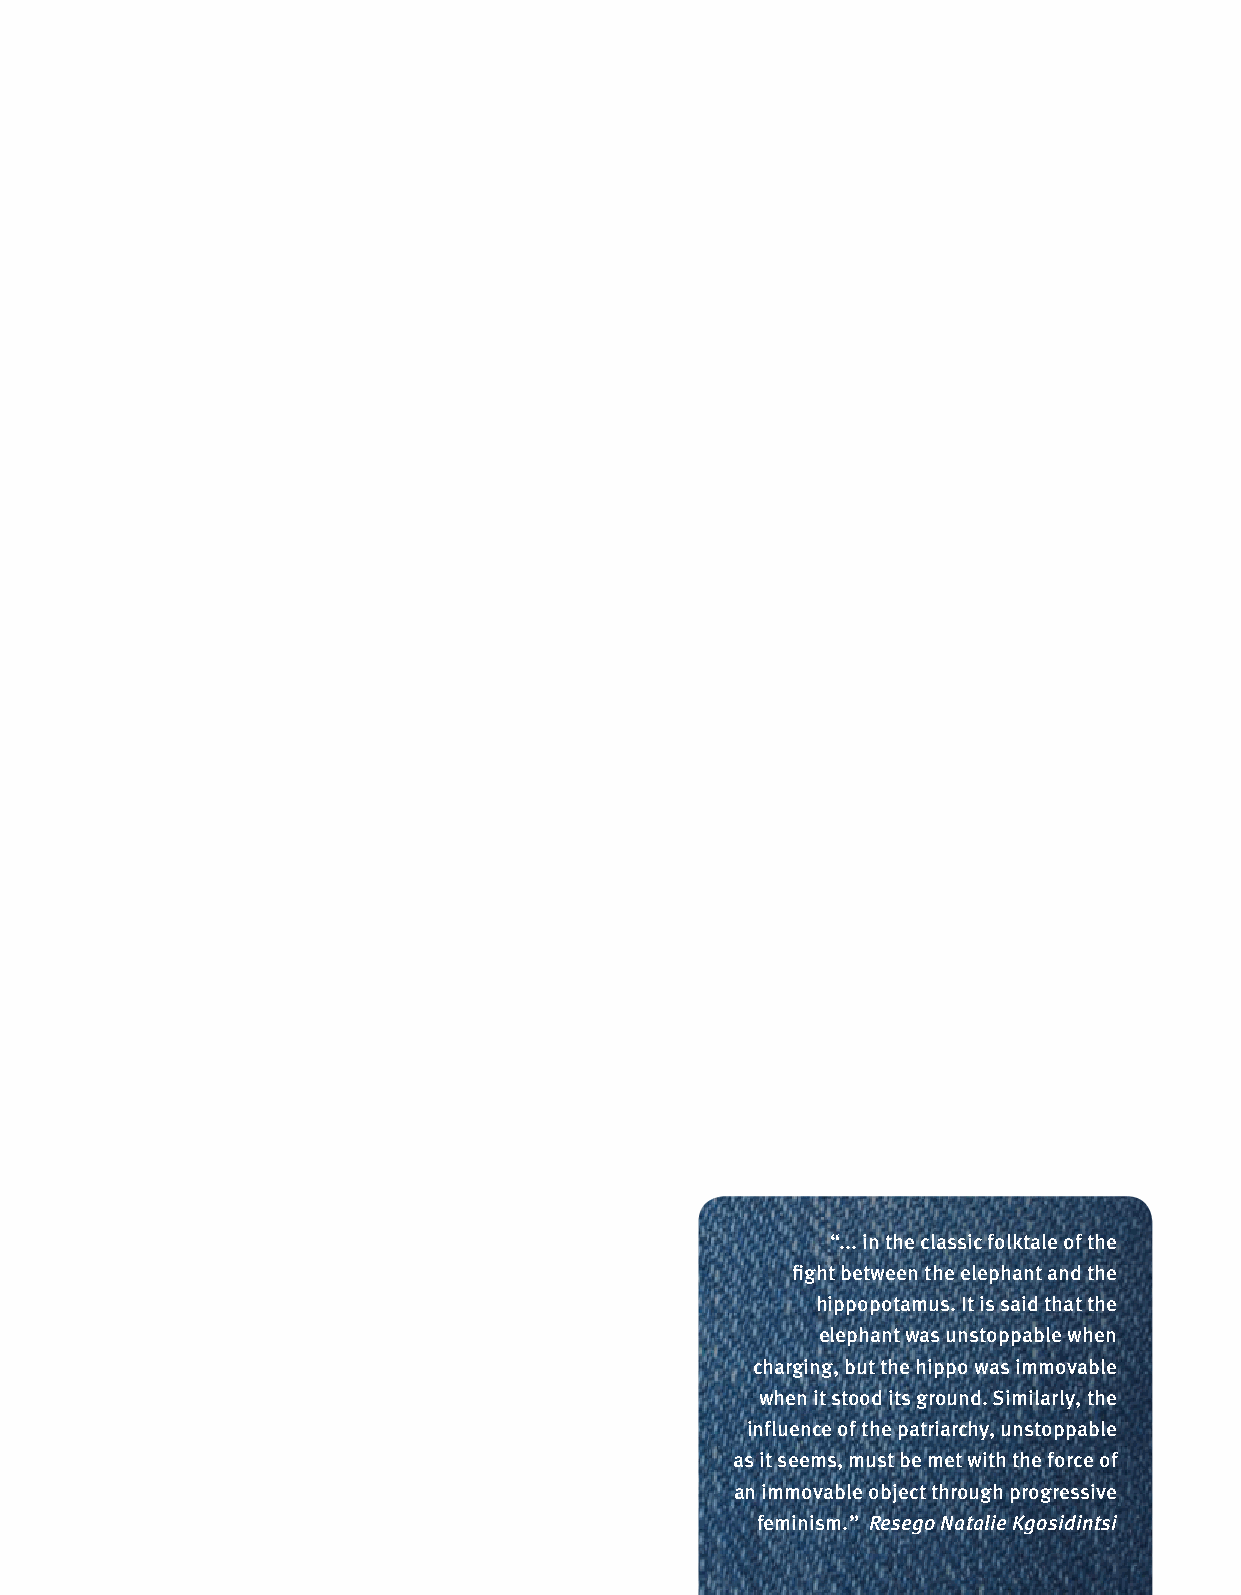
“... in the classic folktale of the
 fight between the elephant and the
 hippopotamus. It is said that the
 elephant was unstoppable when
 charging, but the hippo was immovable
 when it stood its ground. Similarly, the
 influence of the patriarchy, unstoppable
 as it seems, must be met with the force of
 an immovable object through progressive
 feminism.” Resego Natalie Kgosidintsi